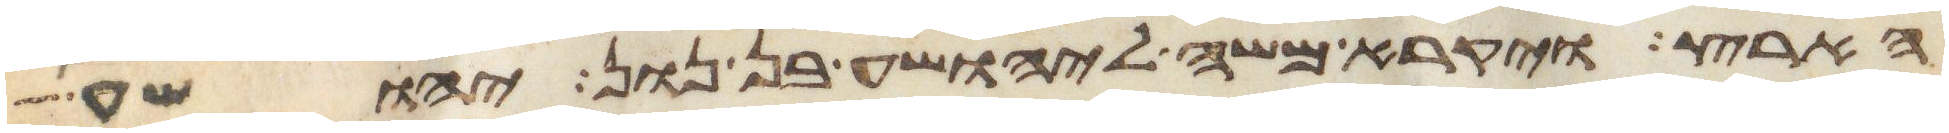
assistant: הארץ ויקרא משה ליהושע בן נון יהושע